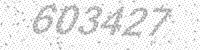
Solution: 603427